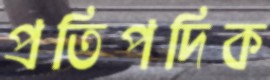
প্রতিপদিক